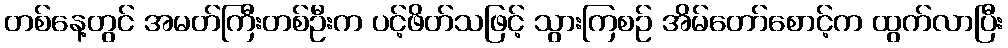
တစ်နေ့တွင် အမတ်ကြီးတစ်ဦးက ပင့်ဖိတ်သဖြင့် သွားကြစဉ် အိမ်တော်စောင့်က ထွက်လာပြီး